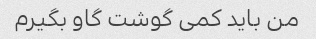
من باید کمی گوشت گاو بگیرم